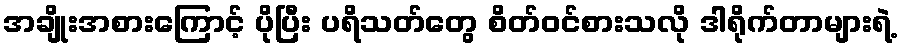
အချိုးအစားကြောင့် ပိုပြီး ပရိသတ်တွေ စိတ်ဝင်စားသလို ဒါရိုက်တာများရဲ့